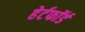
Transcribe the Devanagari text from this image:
हेर्टफाॅर्ड